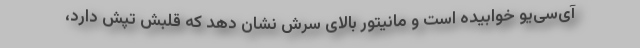
آی‌سی‌یو خوابیده است و مانیتور بالای سرش نشان ‌دهد که قلبش تپش دارد،